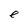
Character: e